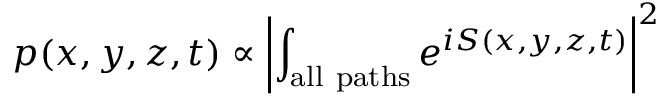
p ( x , y , z , t ) \propto \left\vert \int _ { \mathrm { a l l ~ p a t h s } } e ^ { i S ( x , y , z , t ) } \right\vert ^ { 2 }